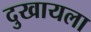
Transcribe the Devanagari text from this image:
दुखायला